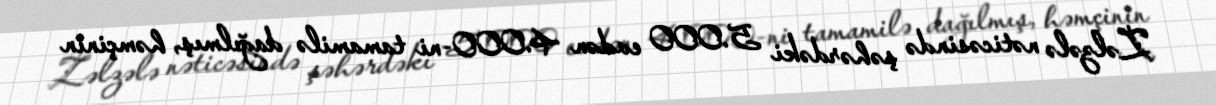
Zəlzələ nəticəsində şəhərdəki 5.000 evdən 4.000-ni tamamilə dağılmış, həmçinin